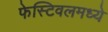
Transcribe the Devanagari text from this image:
फेस्टिवलमध्ये